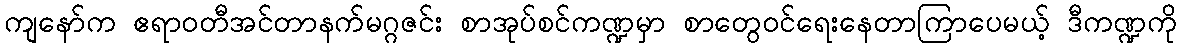
ကျနော်က ဧရာဝတီအင်တာနက်မဂ္ဂဇင်း စာအုပ်စင်ကဏ္ဍမှာ စာတွေဝင်ရေးနေတာကြာပေမယ့် ဒီကဏ္ဍကို